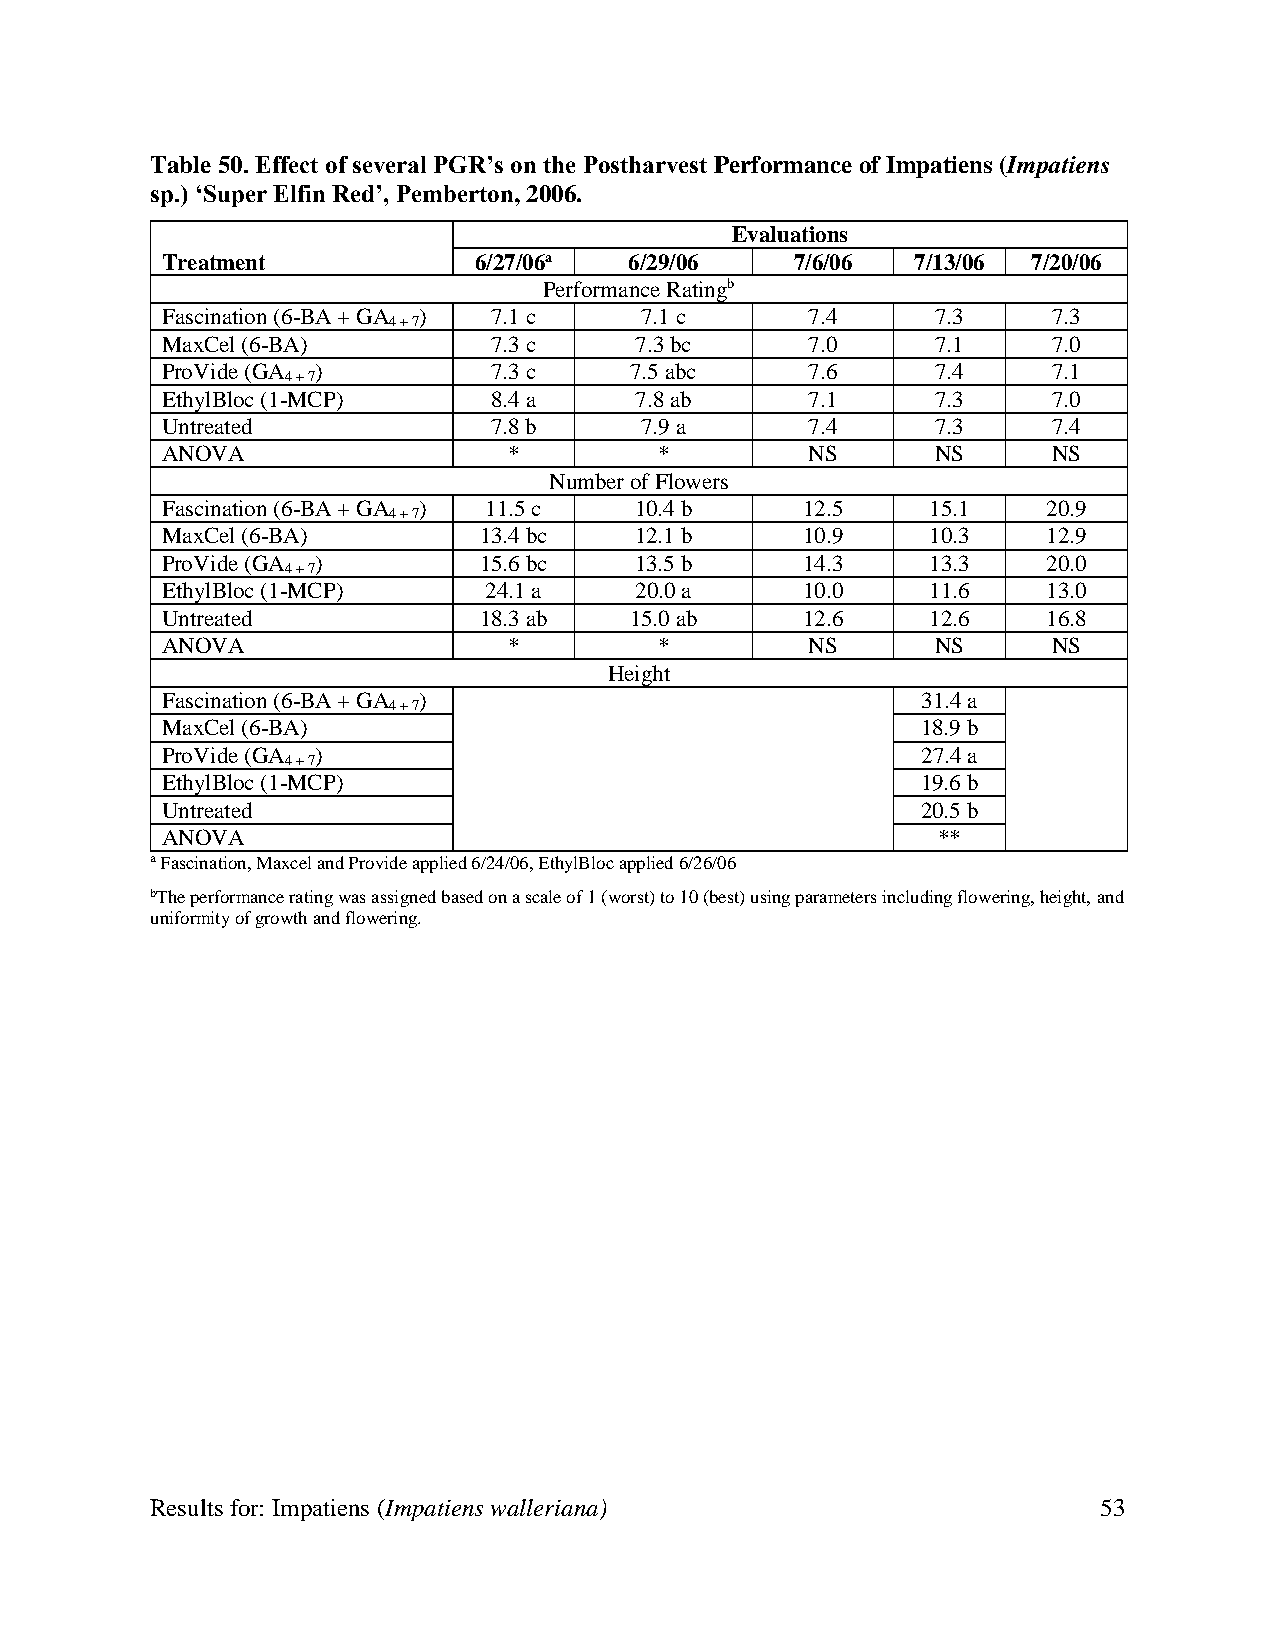
Table 50. Effect of several PGR’s on the Postharvest Performance of Impatiens (Impatiens
 sp.) ‘Super Elfin Red’, Pemberton, 2006.
 Evaluations
 Treatment           6/27/06a   6/29/06    7/6/06  7/13/06 7/20/06
 Performance Ratingb
 Fascination (6-BA + GA ) 7.1 c 7.1 c       7.4     7.3     7.3
 4 + 7
 MaxCel (6-BA)         7.3 c    7.3 bc      7.0     7.1     7.0
 ProVide (GA )         7.3 c    7.5 abc     7.6     7.4     7.1
 4 + 7
 EthylBloc (1-MCP)     8.4 a    7.8 ab      7.1     7.3     7.0
 Untreated            7.8 b     7.9 a       7.4     7.3     7.4
 ANOVA                  *         *         NS      NS      NS
 Number of Flowers
 Fascination (6-BA + GA ) 11.5 c 10.4 b    12.5     15.1   20.9
 4 + 7
 MaxCel (6-BA)        13.4 bc   12.1 b     10.9     10.3   12.9
 ProVide (GA )        15.6 bc   13.5 b     14.3     13.3   20.0
 4 + 7
 EthylBloc (1-MCP)    24.1 a    20.0 a     10.0     11.6   13.0
 Untreated            18.3 ab   15.0 ab    12.6     12.6   16.8
 ANOVA                  *         *         NS      NS      NS
 Height
 Fascination (6-BA + GA )                          31.4 a
 4 + 7
 MaxCel (6-BA)                                     18.9 b
 ProVide (GA )                                     27.4 a
 4 + 7
 EthylBloc (1-MCP)                                 19.6 b
 Untreated                                         20.5 b
 ANOVA                                              **
 a Fascination, Maxcel and Provide applied 6/24/06, EthylBloc applied 6/26/06
 bThe performance rating was assigned based on a scale of 1 (worst) to 10 (best) using parameters including flowering, height, and
 uniformity of growth and flowering.
 Results for: Impatiens (Impatiens walleriana)                  53